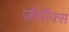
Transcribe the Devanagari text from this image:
ज़ीरौक्स